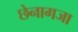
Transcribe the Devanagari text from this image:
छेनागजा